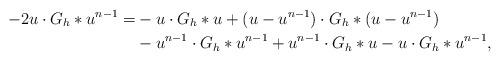
LaTeX: \begin{align*} -2u\cdot G_h\ast u^{n-1} = &- u \cdot G_h\ast u + ( u-u^{n-1}) \cdot G_h\ast( u-u^{n-1})\\ & - u^{n-1}\cdot G_h \ast u^{n-1} + u^{n-1}\cdot G_h \ast u - u\cdot G_h \ast u^{n-1}, \end{align*}